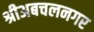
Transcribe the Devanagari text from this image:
श्रीअबचलनगर